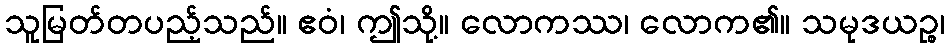
သူမြတ်တပည့်သည်။ ဧဝံ၊ ဤသို့။ လောကဿ၊ လောက၏။ သမုဒယဉ္စ၊